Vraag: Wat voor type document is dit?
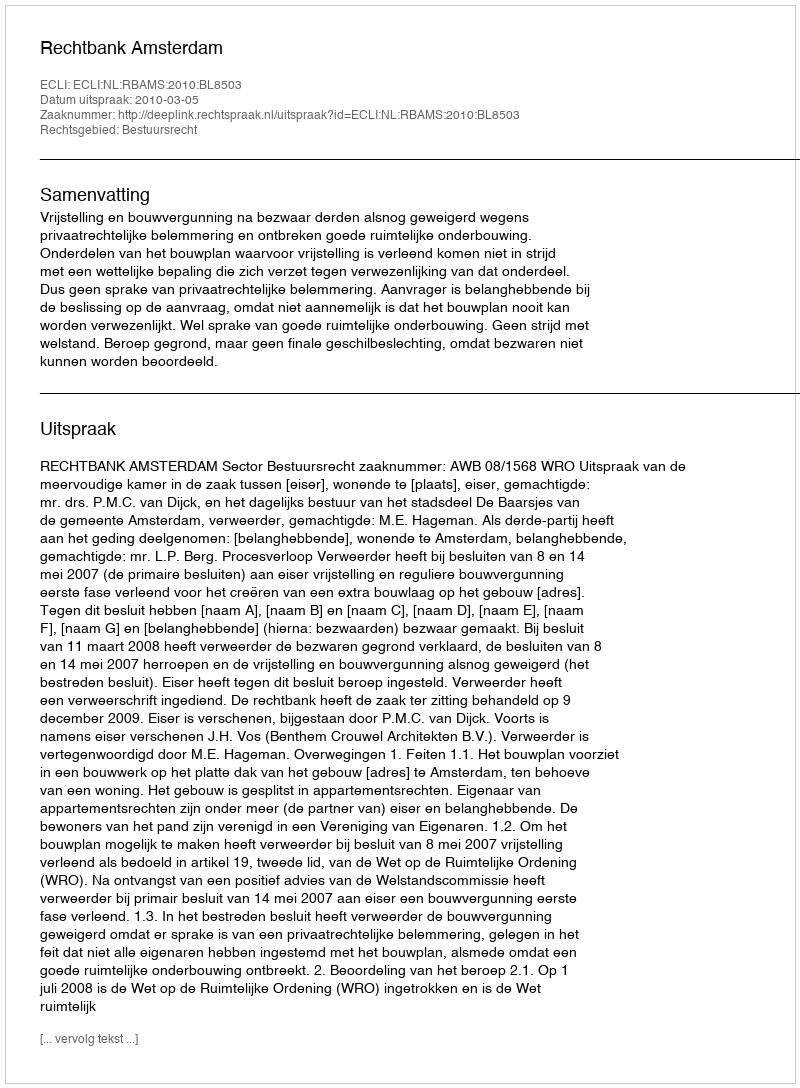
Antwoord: Uitspraak